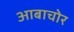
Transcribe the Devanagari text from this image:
आबाचोर